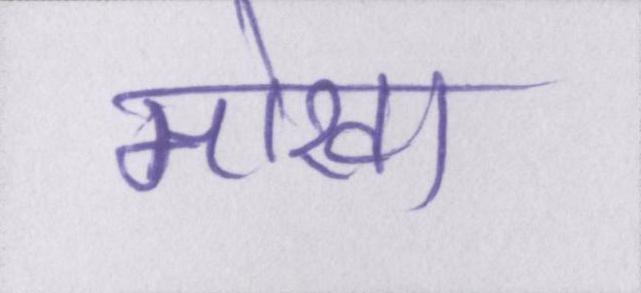
मोखा